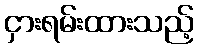
ငှားရမ်းထားသည့်